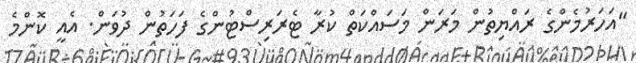
"އަހަރުމެންގެ ރައްޔިތުން މަރަން މަސައްކަތް ކުރާ ޓެރަރިސްޓުންގެ ފަހަތުން ދުވަން. އެއީ ކޮންމެ